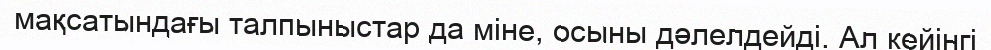
мақсатындағы талпыныстар да міне, осыны дәлелдейді. Ал кейінгі